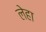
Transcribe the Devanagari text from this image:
लेहा